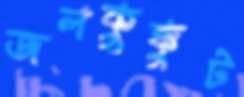
জলকুক্কুট